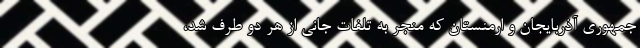
جمهوری آذربایجان و ارمنستان که منجر به تلفات جانی از هر دو طرف شد،